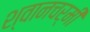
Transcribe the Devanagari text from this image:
श्वानचर्मी